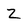
Character: Z